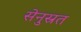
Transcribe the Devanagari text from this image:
सेनुस्रत